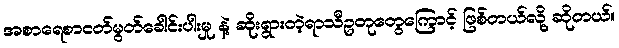
အစာရေစာငတ်မွတ်ခေါင်းပါးမှု နဲ့ ဆိုးရွားတဲ့ရာသီဥတုတွေကြောင့် ဖြစ်တယ်လို့ ဆိုတယ်။